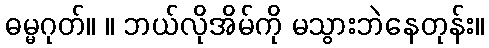
ဓမ္မဂုတ်။ ။ ဘယ်လိုအိမ်ကို မသွားဘဲနေတုန်း။